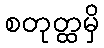
စတုတ္ထမှိ